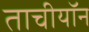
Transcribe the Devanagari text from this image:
ताचीयॉन